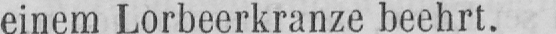
einem Lorbeerkranze beehrt.